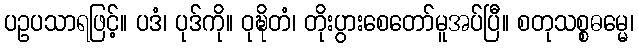
ပဥပသာရဖြင့်။ ပဒံ၊ ပုဒ်ကို။ ဝုဍ္ဎိတံ၊ တိုးပွားစေတော်မူအပ်ပြီ။ စတုသစ္စဓမ္မေ၊